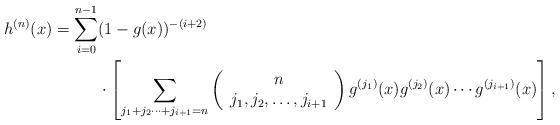
LaTeX: \begin{align*}h^{(n)}(x) = \sum_{i=0}^{n-1} & (1-g(x))^{-(i+2)}\\&\cdot \left[\sum_{j_1+j_2 \cdots +j_{i+1}=n}\left(\begin{array}{c}n\\j_1,j_2,\ldots ,j_{i+1}\end{array}\right)g^{(j_1)}(x)g^{(j_2)}(x) \cdots g^{(j_{i+1})}(x)\right],\end{align*}